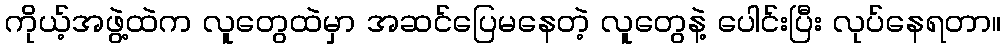
ကိုယ့်အဖွဲ့ထဲက လူတွေထဲမှာ အဆင်ပြေမနေတဲ့ လူတွေနဲ့ ပေါင်းပြီး လုပ်နေရတာ။